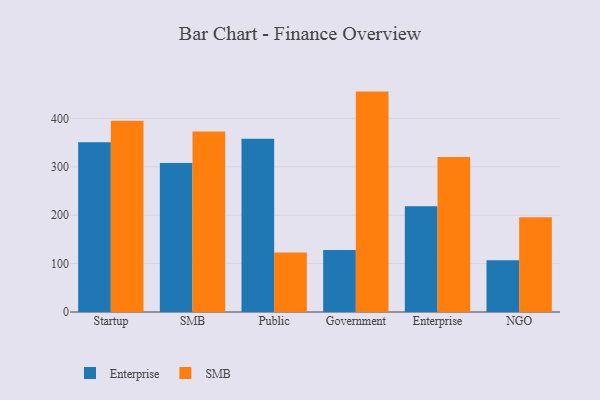
{"axis": {"x": "Segment", "y": "Temperature (°C)"}, "legend": ["Enterprise", "SMB"], "data": [{"x": "Startup", "y": 350.5, "type": "Enterprise"}, {"x": "Startup", "y": 395.0, "type": "SMB"}, {"x": "SMB", "y": 307.6, "type": "Enterprise"}, {"x": "SMB", "y": 372.7, "type": "SMB"}, {"x": "Public", "y": 357.7, "type": "Enterprise"}, {"x": "Public", "y": 123.1, "type": "SMB"}, {"x": "Government", "y": 127.9, "type": "Enterprise"}, {"x": "Government", "y": 455.2, "type": "SMB"}, {"x": "Enterprise", "y": 218.3, "type": "Enterprise"}, {"x": "Enterprise", "y": 319.9, "type": "SMB"}, {"x": "NGO", "y": 106.7, "type": "Enterprise"}, {"x": "NGO", "y": 195.6, "type": "SMB"}]}